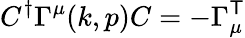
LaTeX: C^{\dagger}\Gamma^{\mu}(k,p)C=-\Gamma_{\mu}^{\sf T}